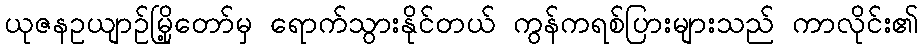
ယုဇနဥယျာဉ်မြို့တော်မှ ရောက်သွားနိုင်တယ် ကွန်ကရစ်ပြားများသည် ကာလိုင်း၏